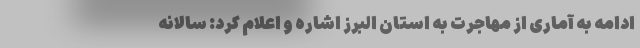
ادامه به آماری از مهاجرت به استان البرز اشاره و اعلام کرد: سالانه